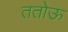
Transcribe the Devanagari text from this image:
ततोऊ